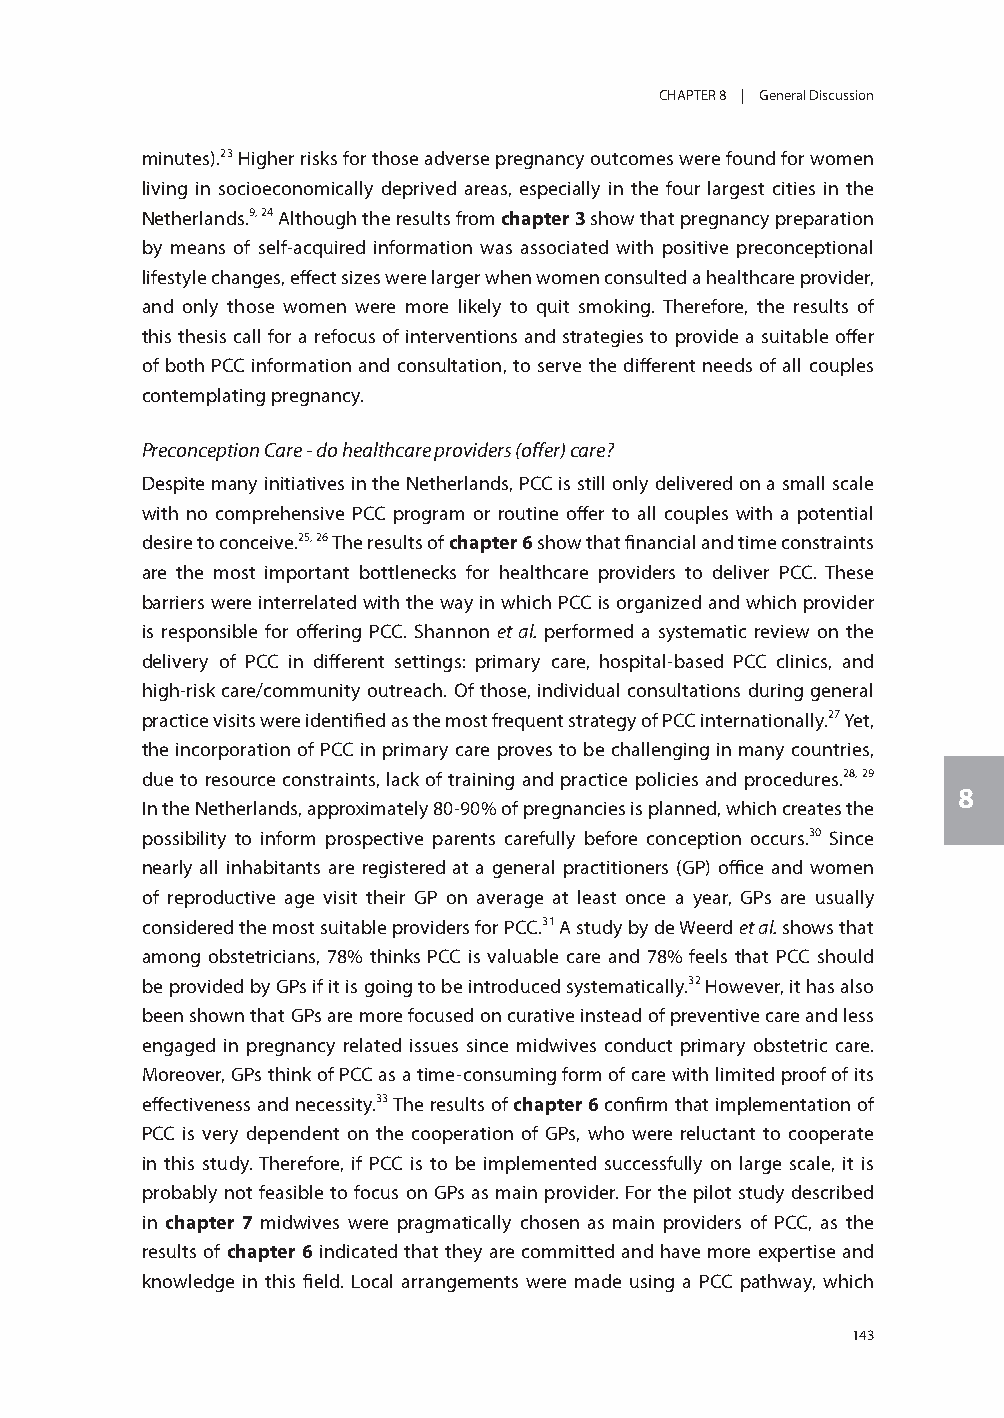
CHAPTER 8 | General Discussion
 minutes).23 Higher risks for those adverse pregnancy outcomes were found for women
 living in socioeconomically deprived areas, especially in the four largest cities in the
 Netherlands.9, 24 Although the results from chapter 3 show that pregnancy preparation
 by means of self-acquired information was associated with positive preconceptional
 lifestyle changes, effect sizes were larger when women consulted a healthcare provider,
 and only those women were more likely to quit smoking. Therefore, the results of
 this thesis call for a refocus of interventions and strategies to provide a suitable offer
 of both PCC information and consultation, to serve the different needs of all couples
 contemplating pregnancy.
 Preconception Care - do healthcare providers (offer) care?
 Despite many initiatives in the Netherlands, PCC is still only delivered on a small scale
 with no comprehensive PCC program or routine offer to all couples with a potential
 desire to conceive.25, 26 The results of chapter 6 show that financial and time constraints
 are the most important bottlenecks for healthcare providers to deliver PCC. These
 barriers were interrelated with the way in which PCC is organized and which provider
 is responsible for offering PCC. Shannon et al. performed a systematic review on the
 delivery of PCC in different settings: primary care, hospital-based PCC clinics, and
 high-risk care/community outreach. Of those, individual consultations during general
 practice visits were identified as the most frequent strategy of PCC internationally.27 Yet,
 the incorporation of PCC in primary care proves to be challenging in many countries,
 due to resource constraints, lack of training and practice policies and procedures.28, 29
 8
 In the Netherlands, approximately 80-90% of pregnancies is planned, which creates the
 possibility to inform prospective parents carefully before conception occurs.30 Since
 nearly all inhabitants are registered at a general practitioners (GP) office and women
 of reproductive age visit their GP on average at least once a year, GPs are usually
 considered the most suitable providers for PCC.31 A study by de Weerd et al. shows that
 among obstetricians, 78% thinks PCC is valuable care and 78% feels that PCC should
 be provided by GPs if it is going to be introduced systematically.32 However, it has also
 been shown that GPs are more focused on curative instead of preventive care and less
 engaged in pregnancy related issues since midwives conduct primary obstetric care.
 Moreover, GPs think of PCC as a time-consuming form of care with limited proof of its
 effectiveness and necessity.33 The results of chapter 6 confirm that implementation of
 PCC is very dependent on the cooperation of GPs, who were reluctant to cooperate
 in this study. Therefore, if PCC is to be implemented successfully on large scale, it is
 probably not feasible to focus on GPs as main provider. For the pilot study described
 in chapter 7 midwives were pragmatically chosen as main providers of PCC, as the
 results of chapter 6 indicated that they are committed and have more expertise and
 knowledge in this field. Local arrangements were made using a PCC pathway, which
 143